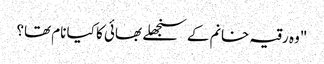
"وہ رقیہ خانم کے سنجھلے بھائی کا کیا نام تھا؟